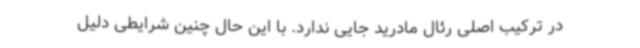
در ترکیب اصلی رئال مادرید جایی ندارد. با این حال چنین شرایطی دلیل